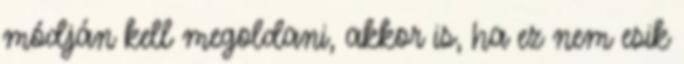
módján kell megoldani, akkor is, ha ez nem esik